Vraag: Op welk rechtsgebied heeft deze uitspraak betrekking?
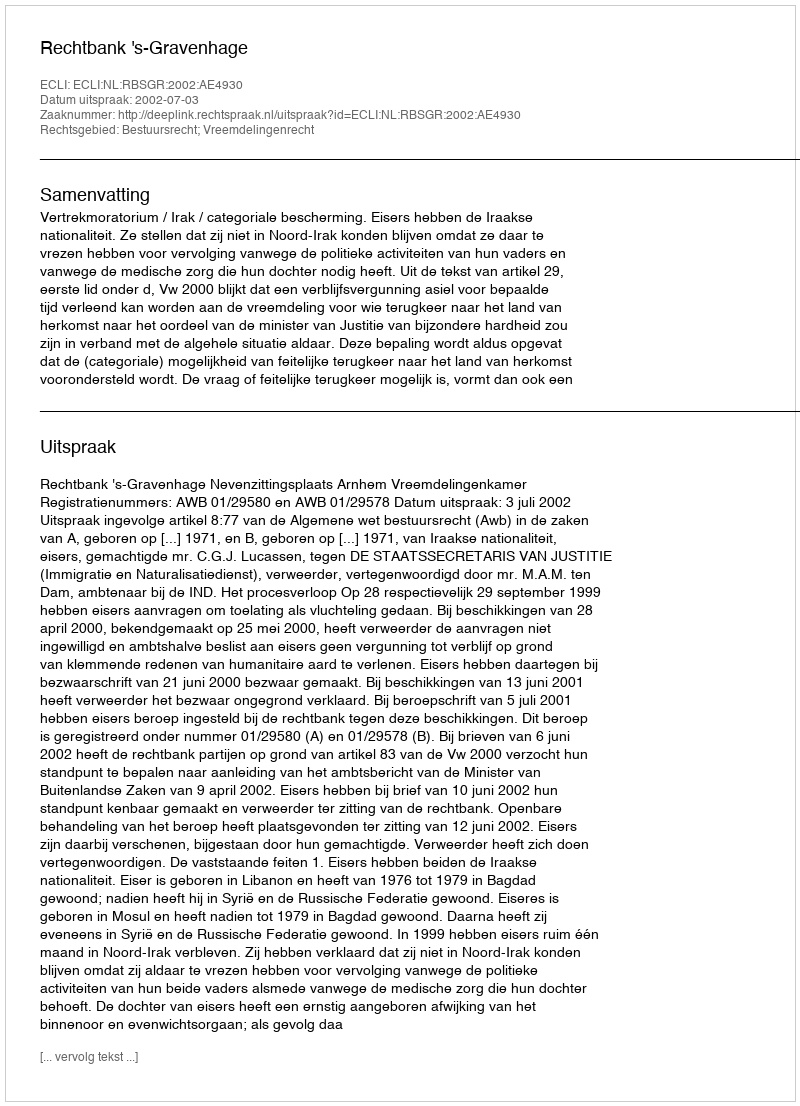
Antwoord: Bestuursrecht; Vreemdelingenrecht